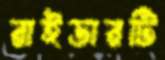
রাইডারটি